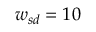
{ w _ { s d } } = 1 0